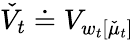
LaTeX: \check{V}_{t}\doteq V_{w_{t}[\check{\mu}_{t}]}